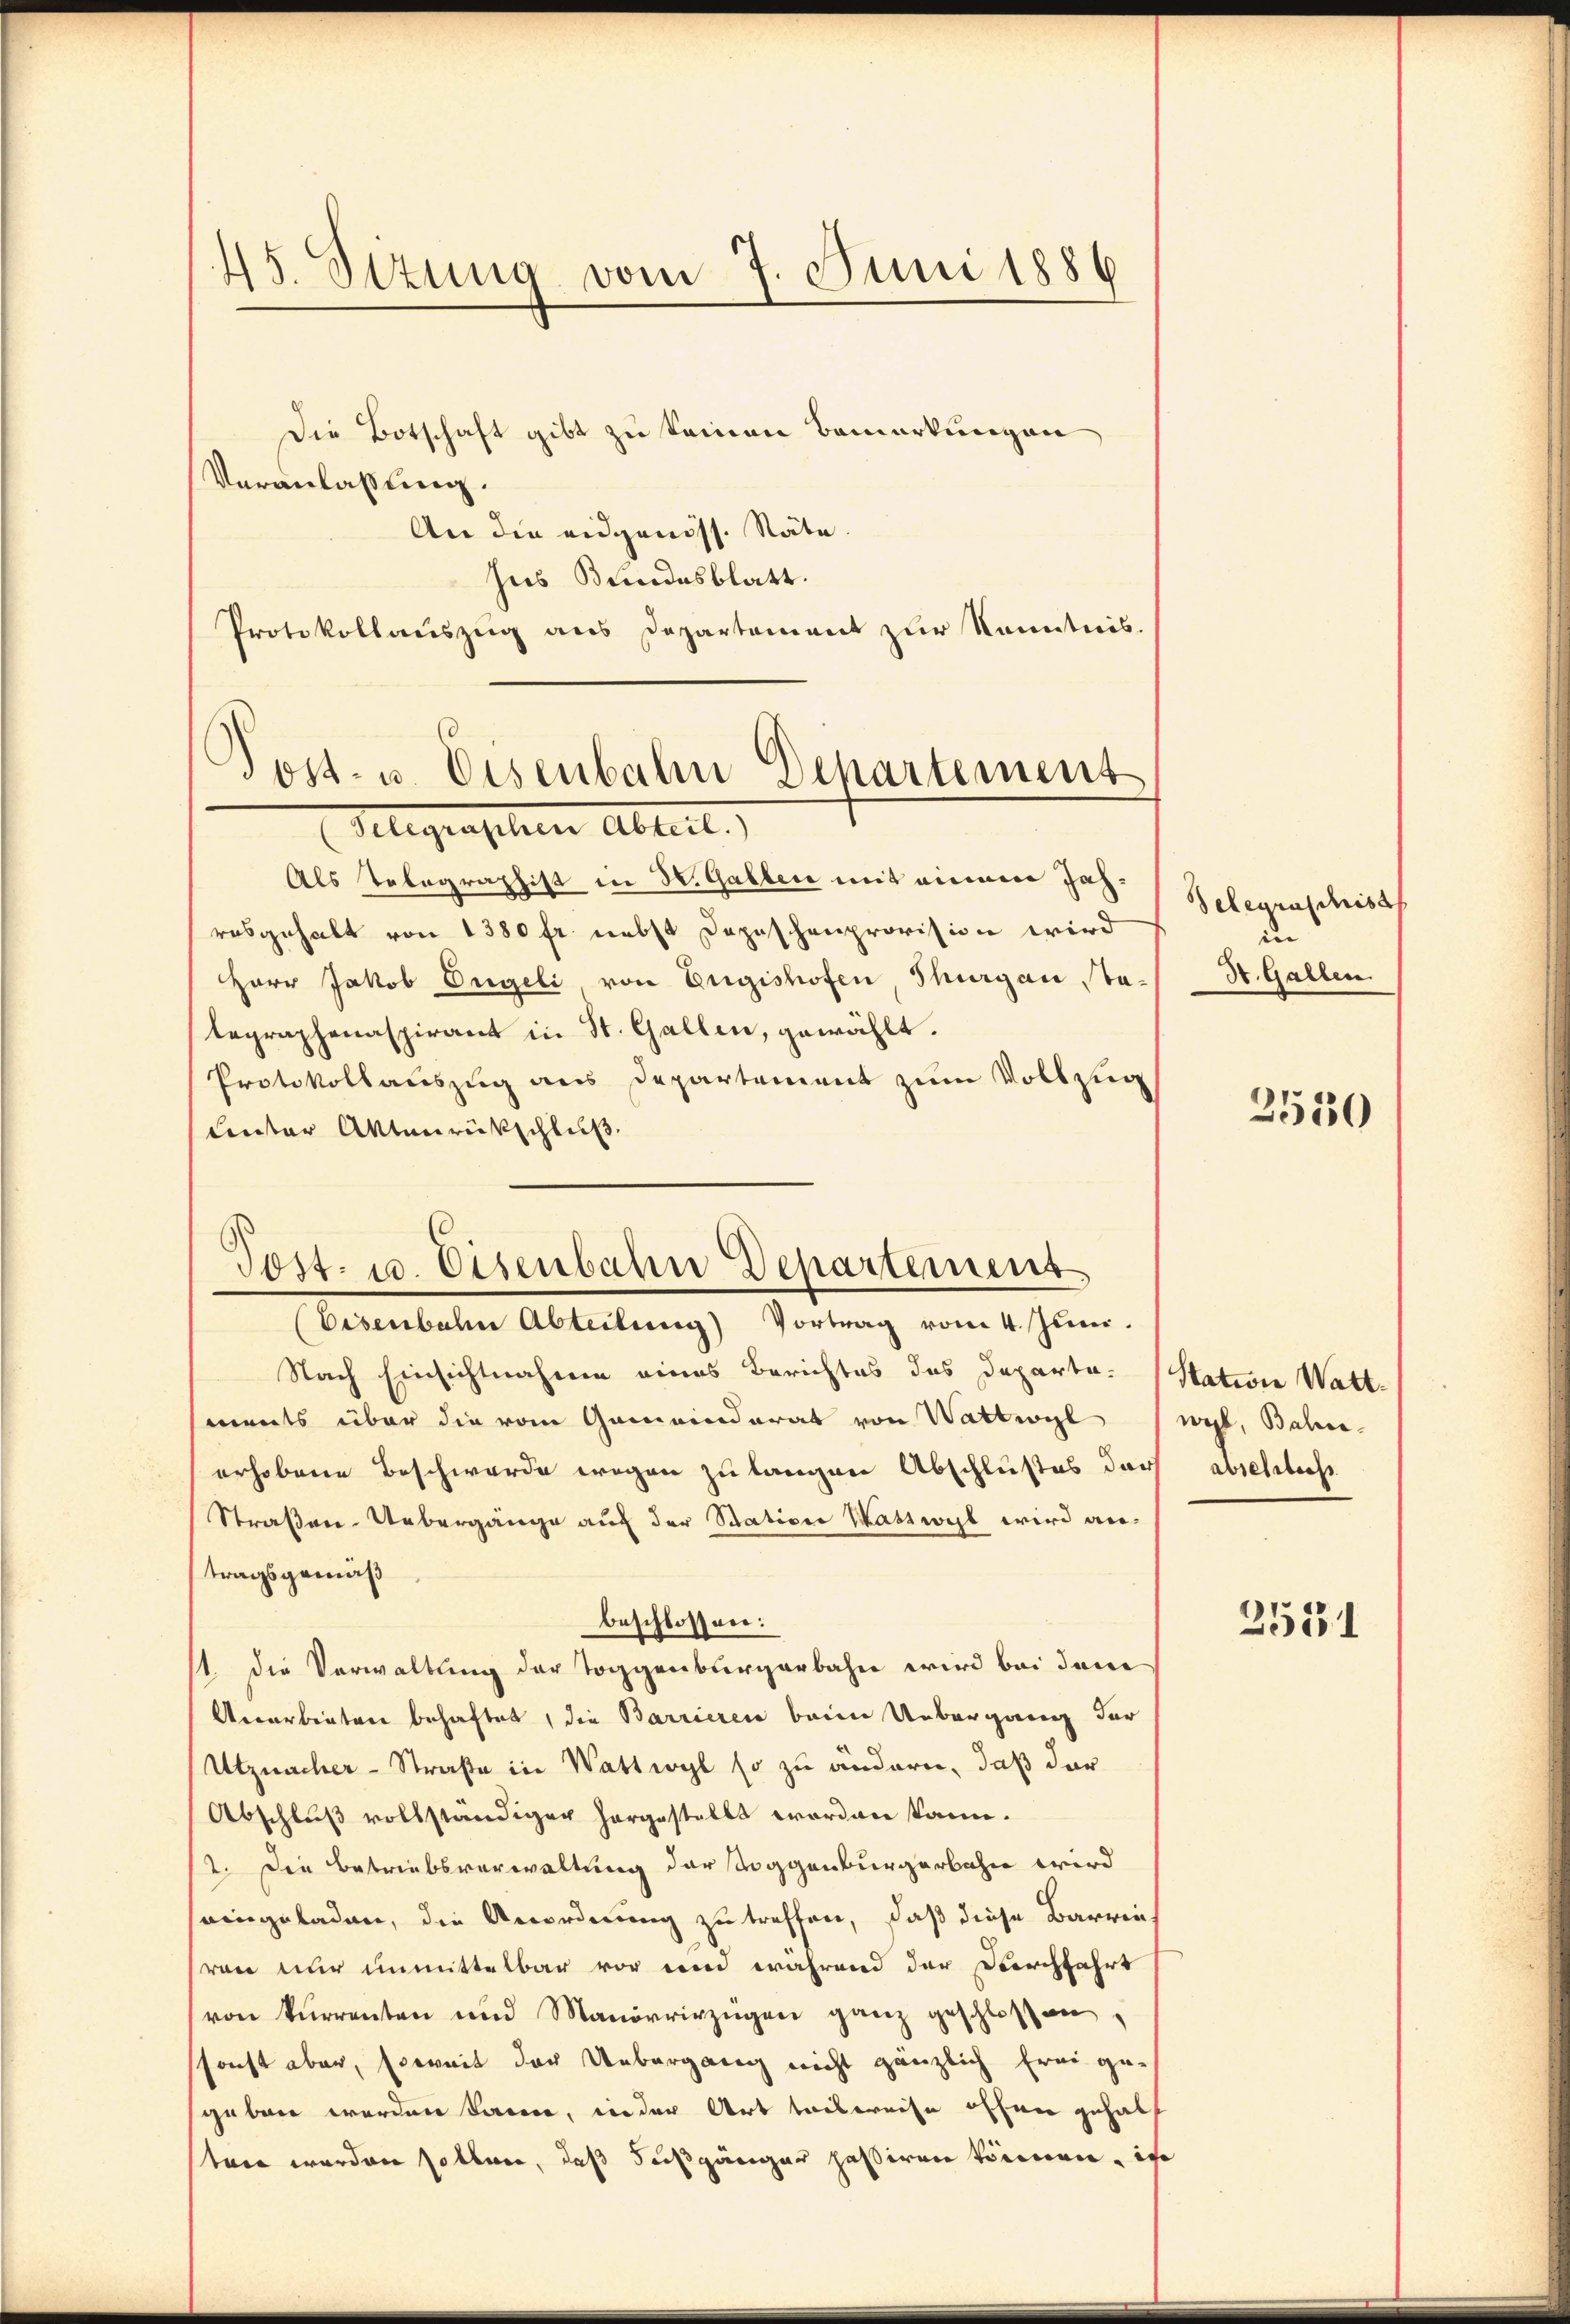
45. Situng vom 7. Juni 1886

Die Botschaft gibt zu keinen Bemerkungen
Veranlaßung.
An die eidgenöss. Räte.
Jus Bundesblatt.
Protokollauszug aus Departement zur Kenntnis.

Post- u. Eisenbahn Departement
Flegenschen Abreit.

Als Telegraphist in Dr. Gallen mit einem Jahrosgehalt von 1380 fr. nebst Depeschenprovision wird
Herr Jakob Engeli von Eugishofen Thurgau Stategraphenaspirant in St. Gallen, gewählt.
Protokollauszug aus Departement zum Vollzug
Unter Altenrückschluß

Post. 10. Eisenbahn Departement
(Eisenbahn Abteilung Vortrag vom 4. Juni.

Nach Einsichtnahmen eines Berichtes des Departa-Station Wattments über die vom Gemeinderat von Wattwyl (wil, Bahn-
erhobene Beschwerde wegen zu langen Abschlußes darf absehlich
Straßen-Uebergänge auf der Station Wattwyl wird an:
tragsgemäß
beschlossen:
1. die Verwaltung der Toggenburgerbahn wird bei dem
Aerarbeiten behaftet, die Barrieren beim Unbergang der
Utznacher-Straße in Wattwyl so zu ändern, daß dar
Abschluß vollständiger hergestellt worden kann.
2. Die Betriebsverwaltung der Toggenburgerbahn wird
seingeladen, die Anordnung zu treffen, daß diese Barrie
ren nur unmittelbar vor und während der Durchfahrt
(von kurrenten und Manövrirzügen ganz geschlossen,
ssonst aber, soweit der Uebergang nicht gänzlich frei gesgaben werden kann, in der Art teilweise offen gehabt
ten werden sollen, daß Fußgänger passiren können, is

Selenzuschrist
d
St. Gallen.

2530

2551